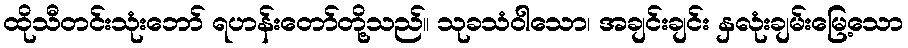
ထိုသီတင်းသုံးဘော် ရဟန်းတော်တို့သည်။ သုခသံဝါသော၊ အချင်းချင်း နှလုံးချမ်းမြေ့သော